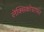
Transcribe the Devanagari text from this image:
लेक्सिकोग्राफर